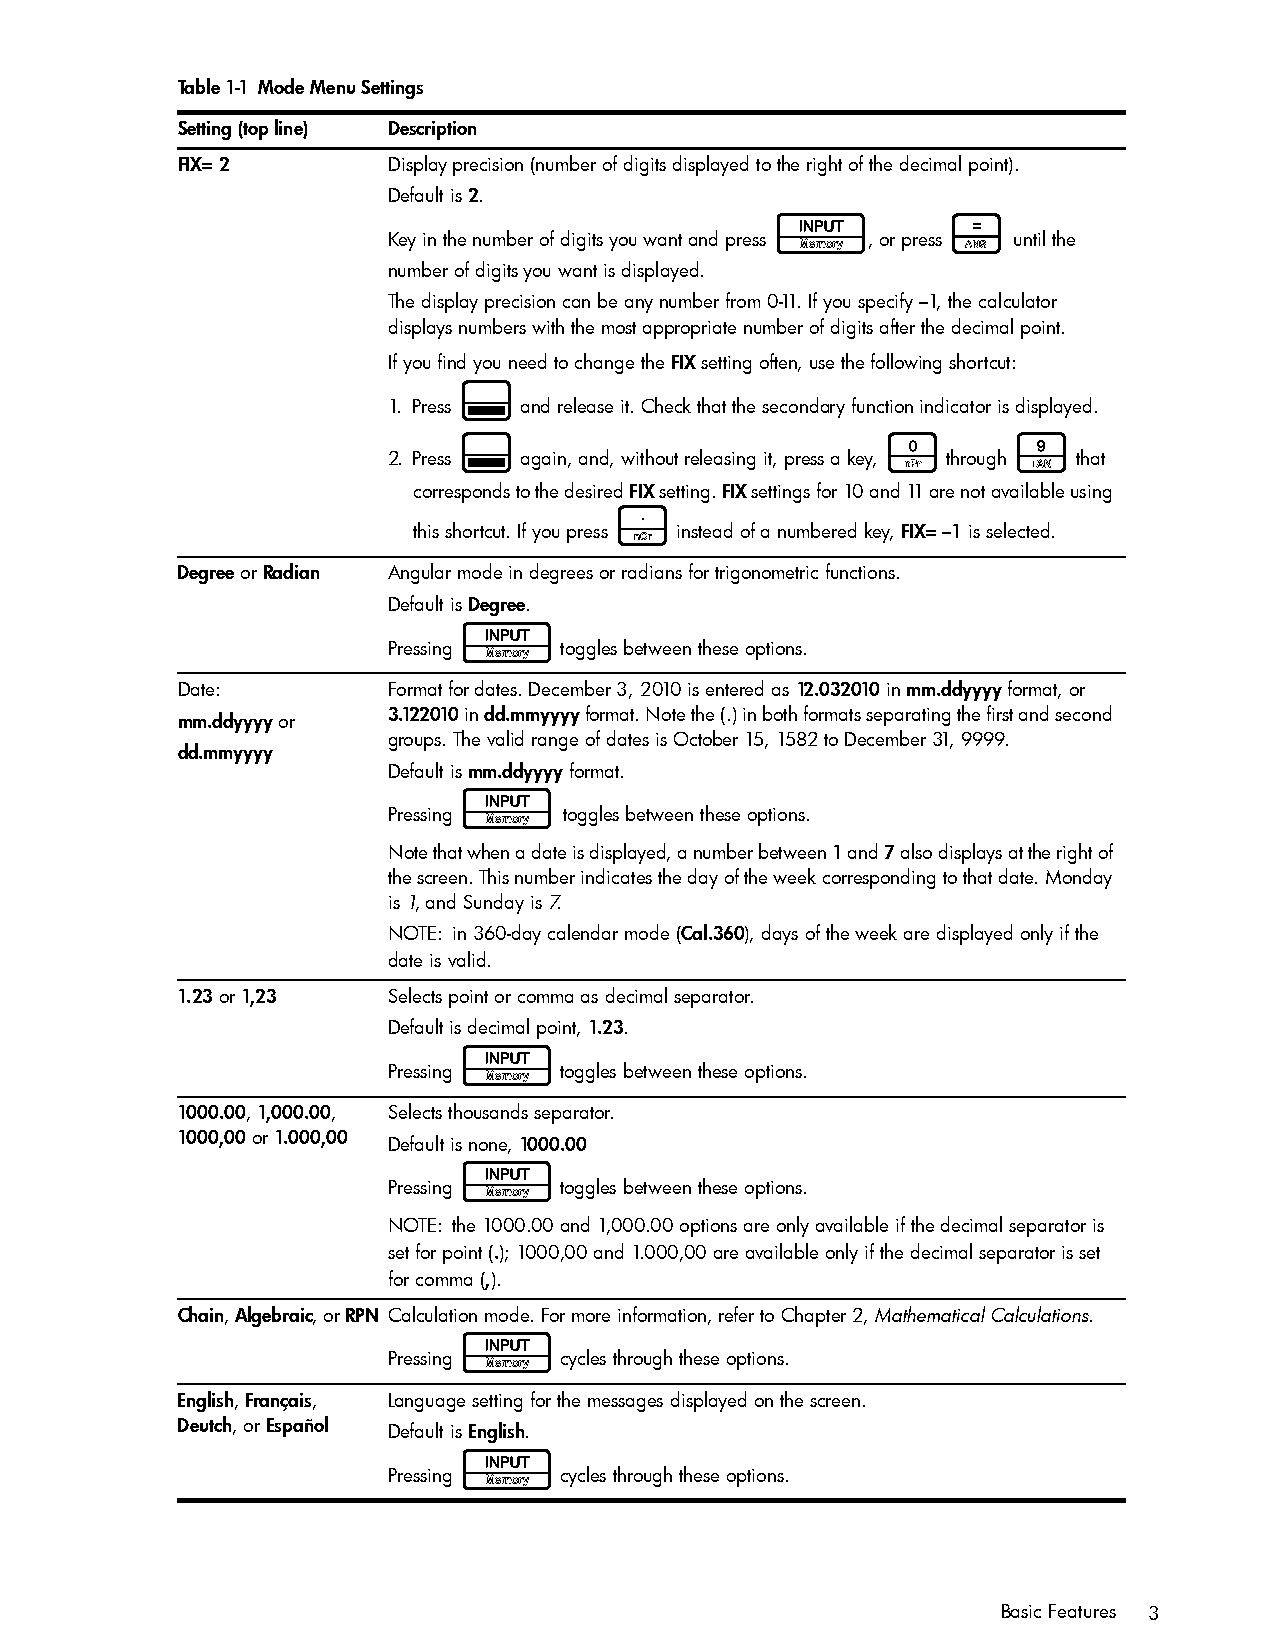
Table 1-1 Mode Menu Settings
 Setting (top line) Description
 FIX= 2        Display precision (number of digits displayed to the right of the decimal point).
 Default is 2.
 I           =
 Key in the number of digits you want and press , or press until the
 number of digits you want is displayed.
 The display precision can be any number from 0-11. If you specify –1, the calculator
 displays numbers with the most appropriate number of digits after the decimal point.
 If you find you need to change the FIX setting often, use the following shortcut:
 :
 1. Press and release it. Check that the secondary function indicator is displayed.
 :                            0       9
 2. Press again, and, without releasing it, press a key, through that
 corresponds to the desired FIX setting. FIX settings for 10 and 11 are not available using
 .
 this shortcut. If you press instead of a numbered key, FIX= –1 is selected.
 Degree or Radian Angular mode in degrees or radians for trigonometric functions.
 Default is Degree.
 I
 Pressing   toggles between these options.
 Date:         Format for dates. December 3, 2010 is entered as 12.032010 in mm.ddyyyy format, or
 mm.ddyyyy or  3.122010 in dd.mmyyyy format. Note the (.) in both formats separating the first and second
 groups. The valid range of dates is October 15, 1582 to December 31, 9999.
 dd.mmyyyy
 Default is mm.ddyyyy format.
 I
 Pressing   toggles between these options.
 Note that when a date is displayed, a number between 1 and 7 also displays at the right of
 the screen. This number indicates the day of the week corresponding to that date. Monday
 is 1, and Sunday is 7.
 NOTE: in 360-day calendar mode (Cal.360), days of the week are displayed only if the
 date is valid.
 1.23 or 1,23  Selects point or comma as decimal separator.
 Default is decimal point, 1.23.
 I
 Pressing   toggles between these options.
 1000.00, 1,000.00, Selects thousands separator.
 1000,00 or 1.000,00
 Default is none, 1000.00
 I
 Pressing   toggles between these options.
 NOTE: the 1000.00 and 1,000.00 options are only available if the decimal separator is
 set for point (.); 1000,00 and 1.000,00 are available only if the decimal separator is set
 for comma (,).
 Chain, Algebraic, or RPN Calculation mode. For more information, refer to Chapter 2, Mathematical Calculations.
 I
 Pressing   cycles through these options.
 English, Français, Language setting for the messages displayed on the screen.
 Deutch, or Español
 Default is English.
 I
 Pressing   cycles through these options.
 Basic Features 3